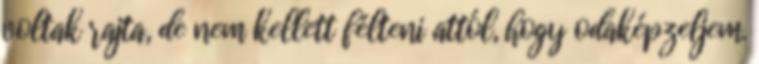
voltak rajta, de nem kellett félteni attól, hogy odaképzeljem.